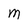
Character: M